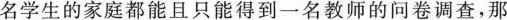
名学生的家庭都能且只能得到一名教师的问卷调查，那